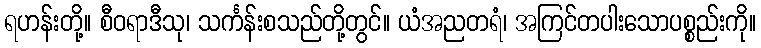
ရဟန်းတို့။ စီဝရာဒီသု၊ သင်္ကန်းစသည်တို့တွင်။ ယံအညတရံ၊ အကြင်တပါးသောပစ္စည်းကို။